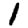
Digit: 1